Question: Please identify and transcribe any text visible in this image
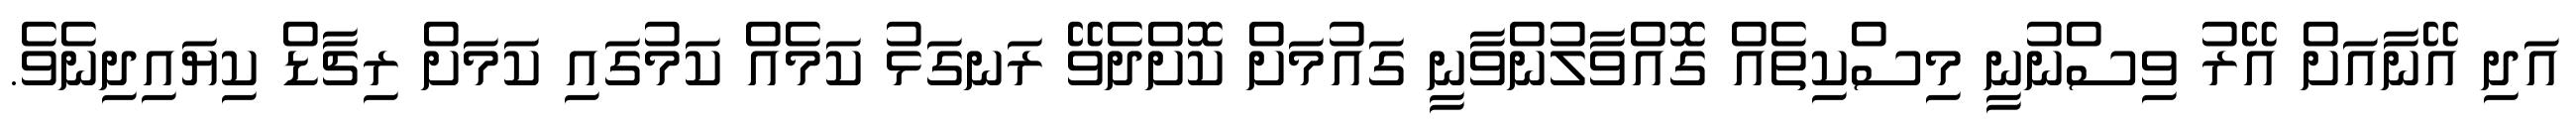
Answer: އަދި އޭނާއަށް އޭރު ވިސްނުނީ މިސްކިތެއް ގޮއްވާލުންވާނީ ގައުމަށް ކޮށްދެވޭ ރަނގަޅު ކަމެއް ކަމުގައި ކަމަށް ރިޗާޑް ކިޔައިދިނެވެ.